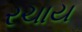
રચાય